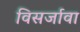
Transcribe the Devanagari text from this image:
विसर्जावा